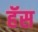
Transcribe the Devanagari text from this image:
हॅस